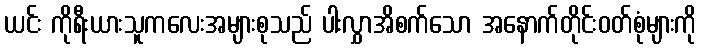
ယင်း ကိုရီးယားသူကလေးအများစုသည် ပါးလွှာအိစက်သော အနောက်တိုင်းဝတ်စုံများကို